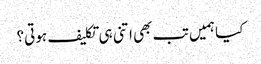
کیا ہمیں تب بھی اتنی ہی تکلیف ہوتی؟